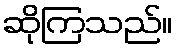
ဆိုကြသည်။